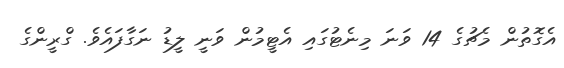
އެގޮތުން މެޗުގެ 14 ވަނަ މިނެޓުގައި އެޓީމުން ވަނީ ލީޑު ނަގާފައެވެ. ގްރީންގެ